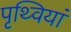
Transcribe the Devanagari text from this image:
पृथ्वियां